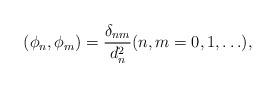
LaTeX: \begin{align*} (\phi_n,\phi_m)=\frac{\delta_{nm}}{d_n^2} (n,m=0,1,\ldots), \end{align*}